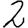
Digit: 2